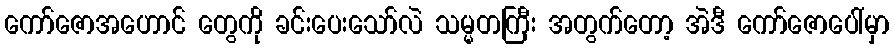
ကော်ဇောအဟောင် တွေကို ခင်းပေးသော်လဲ သမ္မတကြီး အတွက်တော့ အဲဒီ ကော်ဇောပေါ်မှာ